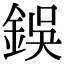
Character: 鋘